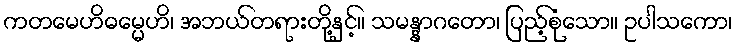
ကတမေဟိဓမ္မေဟိ၊ အဘယ်တရားတို့နှင့်။ သမန္နာဂတော၊ ပြည့်စုံသော။ ဥပါသကော၊